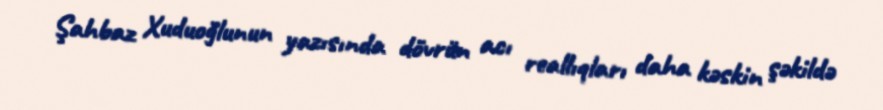
Şahbaz Xuduoğlunun yazısında dövrün acı reallıqları daha kəskin şəkildə